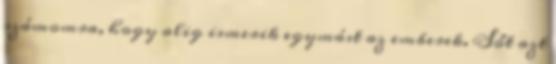
számomra, hogy alig ismerik egymást az emberek. Sőt azt